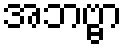
အဘဗ္ဗာ